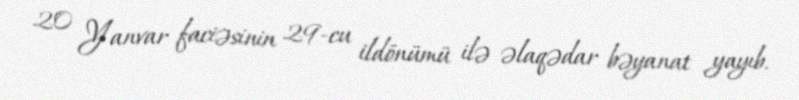
20 Yanvar faciəsinin 29-cu ildönümü ilə əlaqədar bəyanat yayıb.